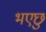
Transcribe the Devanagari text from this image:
भएछु